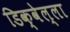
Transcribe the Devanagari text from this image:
डिक्वेल्ला